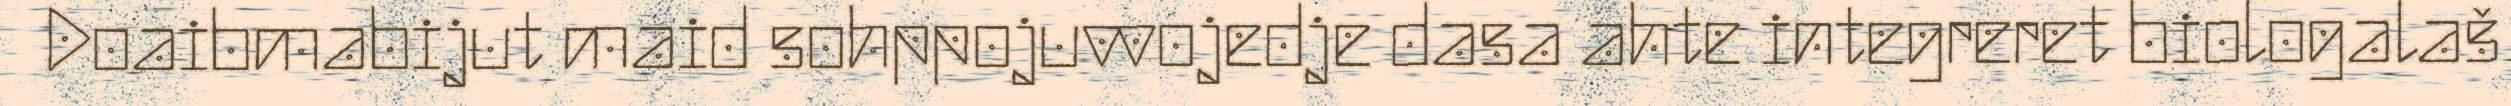
Doaibmabijut maid sohppojuvvojedje dasa ahte integreret biologalaš